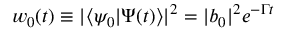
w _ { 0 } ( t ) \equiv | \langle \psi _ { 0 } | \Psi ( t ) \rangle | ^ { 2 } = | b _ { 0 } | ^ { 2 } e ^ { - \Gamma t }